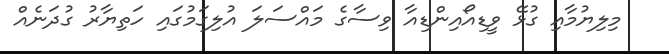
މިލިޔުމާއި ގުޅޭ ވީޑިއޯއިންޑިއާ ވިސާގެ މައްސަލަ އުލިގަމުގައި ހަތިޔާރު ގުދަނެއް